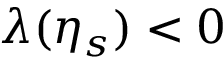
\lambda ( \eta _ { s } ) < 0